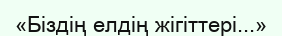
«Біздің елдің жігіттері...»